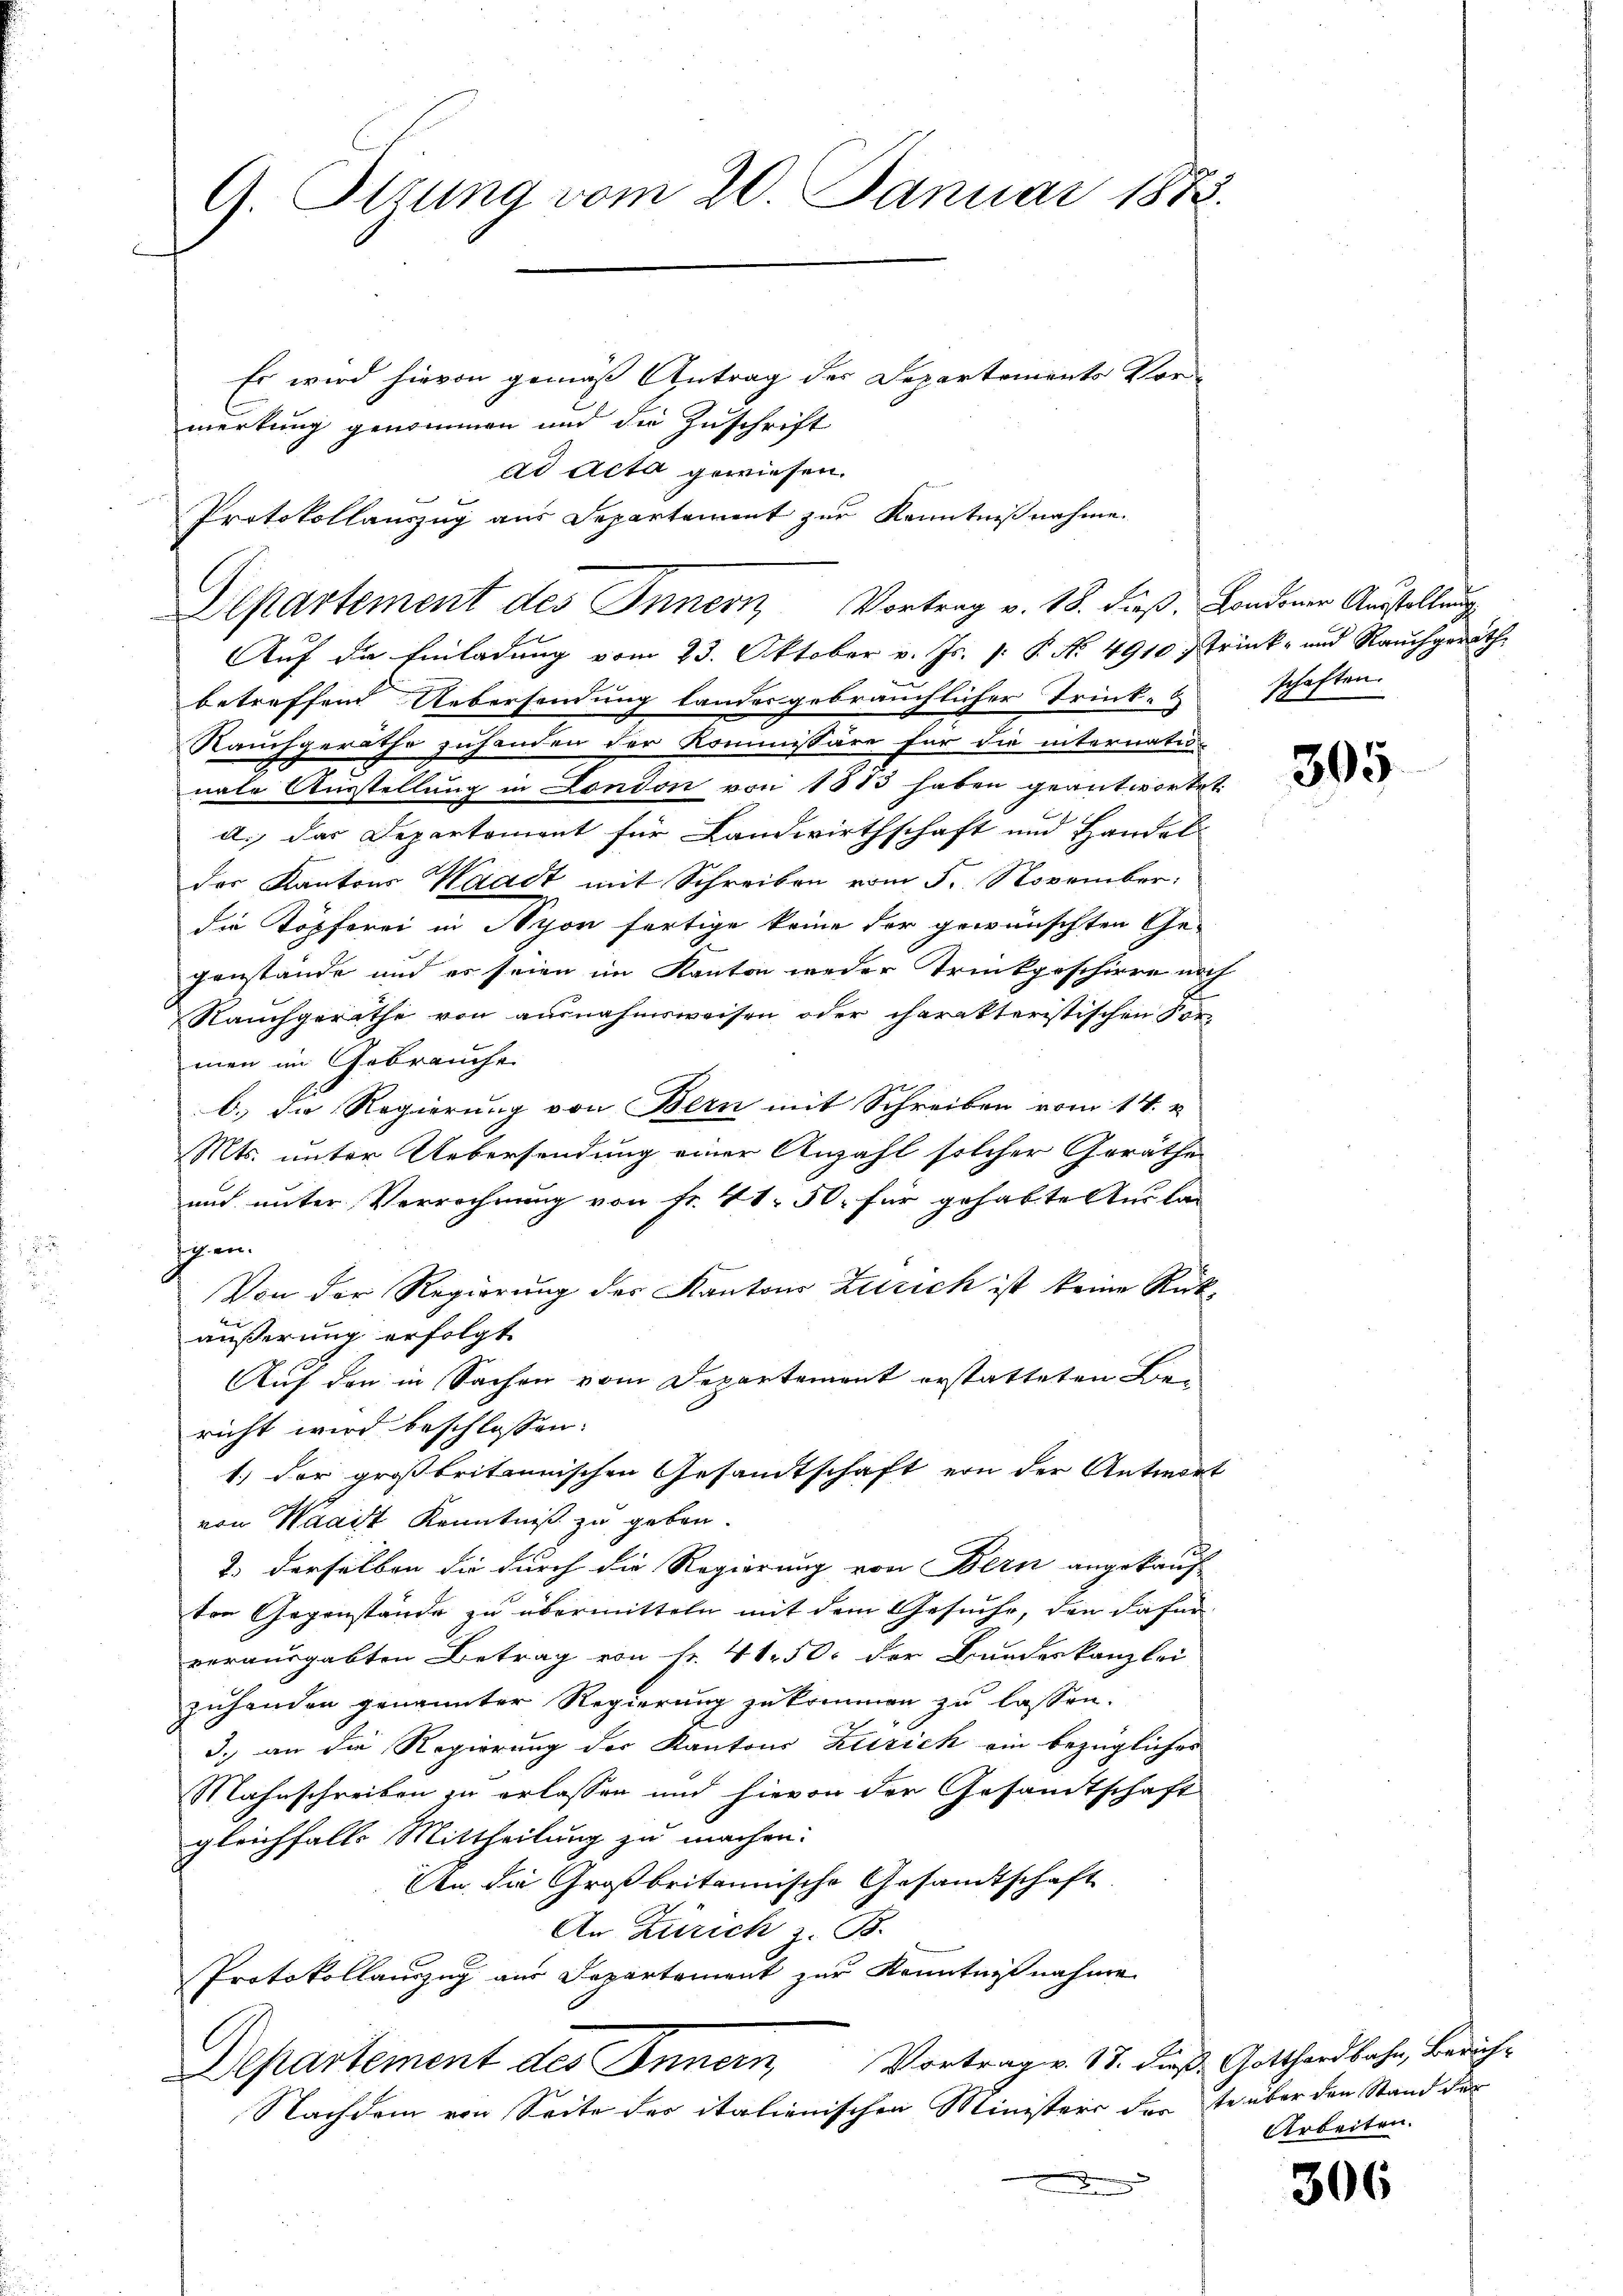
G. Ottung vom 20. Januar 1888.

Es wird hievon gemäß Antrag der Departements Vor-
merkung genommen und die Zuschrift
ad Acta gewiesen.
Protokollauszug aus Departement zur Kenntnißnahme.
Auf die Einladung vom 23. Oktober v. Js. v. P. Nr. 4910 Trink- und Rauchgeräthbetreffend Uebersendung landergebräuchlicher Trink- & schaften.
Rauchgeräthe zuhanden der Kommissäre für die internation
nate Ausstellung in London von 1813 haben geantwortet
d., das Departement für Landwirthschaft und Handel
der Kantons Waadt mit Schreiben vom 5. November.
die Köpferei in Nyon fertige keine der gewünschten Ge-
genstände und es seien im Kanton weder Trinkgeschirre noch
Rauchgeräthe von ausnahmsweisen oder charakteristischen For-
men im Gebrauche
b.) Die Regierung von Bern mit Schreiben vom 14. u.
Mts. unter Uebersendung einer Anzahl solcher Geräthe
und unter Verrechnung von Fr. 41. 50, für gehabte Auslan
Ihen.
Von der Regierung des Kantons Zusich ist keine Rückäußerung erfolgt
Auf den in Sachen vom Departement erstatteten Be-
richt wird beschlossen:
1.) Der großbritannischen Gesandtschaft von der Antwort
von Waaist Kenntniß zu geben.
c
2. derselben die durch die Regierung von Bern angekauf-
ton Gegenstände zu übermitteln mit dem Gesuche, den dafür
vorausgabten Betrag von Nr. 41. 50. der Bundeskanzlei
zuhanden genannter Regierung zukommen zu lassen.
3. an die Regierung des Kantons Zürich ein bezügliches
Mahnschreiben zu erlassen und hievon der Gesamtschaft
gleichfalls Mittheilung zu machen.
An die Großbritannische Gesandtschaft
An Zürich z. B.
Protokollauszug aus Departement zur Kenntnißnahme
Departement des Innern Vortrag v. 17. dieß Gotthardbahn, Zürich¬
Nachdem von Seite des italienischen Ministers der te über den Stand der

Departement des Innern, Vortrag v. 18. dieß. Londoner Ausstellung

305.

Arbeiten.

306